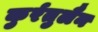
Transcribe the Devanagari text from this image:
कुर्रतुलैन